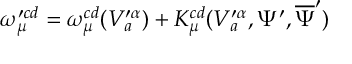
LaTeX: \omega _ { \mu } ^ { \prime c d } = \omega _ { \mu } ^ { c d } ( V _ { a } ^ { \prime \alpha } ) + K _ { \mu } ^ { c d } ( V _ { a } ^ { \prime \alpha } , \Psi ^ { \prime } , \overline { { { \Psi } } } ^ { \prime } )